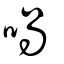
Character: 喎